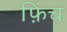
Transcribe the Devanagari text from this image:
फ़िंच